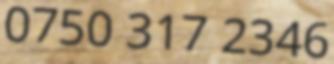
0750 317 2346